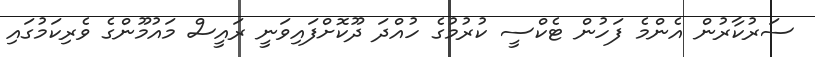
ސަރުކާރުން އެންމެ ފަހުން ޓެކްސީ ކުރުމުގެ ހުއްދަ ދޫކޮށްފައިވަނީ ރައީސް މައުމޫންގެ ވެރިކަމުގައި